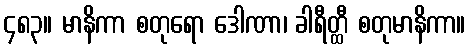
၄၈၃။ မာနိကာ စတုရော ဒေါဏာ၊ ခါရီတ္ထီ စတုမာနိကာ။